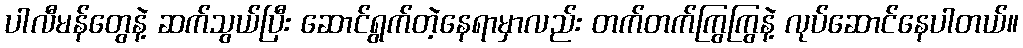
ပါလီမန်တွေနဲ့ ဆက်သွယ်ပြီး ဆောင်ရွက်တဲ့နေရာမှာလည်း တက်တက်ကြွကြွနဲ့ လုပ်ဆောင်နေပါတယ်။